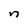
Character: n